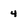
Character: 4